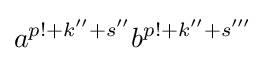
a^{p!+k''+s''}b^{p!+k''+s'''}